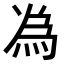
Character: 𫞟